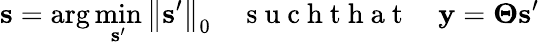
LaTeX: \mathbf{s}=\arg\operatorname*{min}_{\mathbf{s}^{\prime}}\left\| \mathbf{s}^{\prime}\right\| _{0}\quad\mathrm{~s~u~c~h~t~h~a~t~}\quad\mathbf{y}=\boldsymbol{\Theta}\mathbf{s}^{\prime}